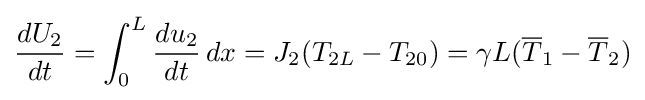
{\frac {dU_{2}}{dt}}=\int _{0}^{L}{\frac {du_{2}}{dt}}\,dx=J_{2}(T_{2L}-T_{20})=\gamma L({\overline {T}}_{1}-{\overline {T}}_{2})